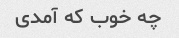
چه خوب که آمدی